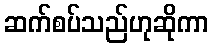
ဆက်စပ်သည်ဟုဆိုကာ